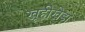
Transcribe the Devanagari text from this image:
खूहीखेड़ा